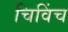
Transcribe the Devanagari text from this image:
चिविंच